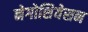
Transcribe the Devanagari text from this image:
नेगोशियेसन